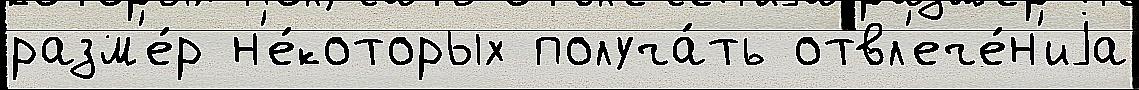
разм'е́р н'е́которых получа́ть отвл'ече́н'иjа